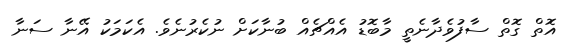
އޮތް ގޮތް ސާފުވެދާނެތީ މާބޮޑު އެއްޗެއް ބުނާކަށް ނުކެރުނެވެ. އެކަމަކު އޭނާ ސަނާ